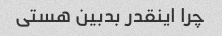
چرا اینقدر بدبین هستی